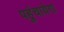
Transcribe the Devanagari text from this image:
पहुंचायेगा